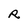
Character: R